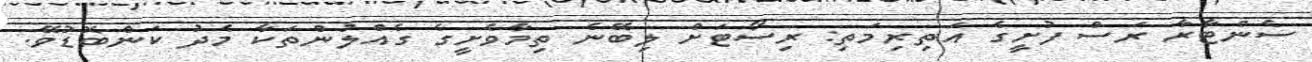
ސެންޓާރާ ރަސް ފުށީގެ އަތިރިމަތި: ރިސޯޓަށް ލިބޭނެ ތިމާވެށީގެ ގެއްލުންތަކާ މެދު ކަންބޮޑުވޭ.